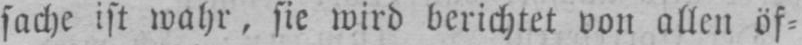
sache ist wahr, sie wird berichtet von allen öf⸗